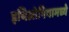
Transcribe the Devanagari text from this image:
इथिओपियामध्ये